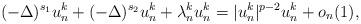
LaTeX: \begin{align*} (-\Delta)^{s_1} u_n^k +(-\Delta)^{s_2} u_n^k + \lambda_n^k u_n^k=|u_n^k|^{p-2} u_n^k+o_n(1),\end{align*}